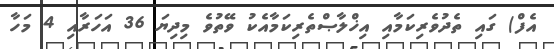
އެފް) ގައި ތެދުވެރިކަމާއި އިޚްލާޞްތެރިކަމާއެކު ވޭތުވެ މިދިޔަ 36 އަހަރާއި 4 މަހާ